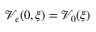
\mathcal { V } _ { \epsilon } ( 0 , \xi ) = \mathcal { V } _ { 0 } ( \xi )